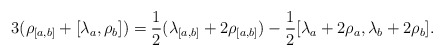
\begin{align*} 3(\rho_{[a,b]} + [\lambda_a, \rho_b]) = \frac{1}{2}(\lambda_{[a,b]} + 2\rho_{[a,b]}) - \frac{1}{2}[\lambda_a + 2\rho_a, \lambda_b + 2 \rho_b].\end{align*}